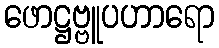
ဖောဋ္ဌဗ္ဗူပဟာရော